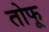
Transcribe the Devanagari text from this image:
तोफू